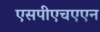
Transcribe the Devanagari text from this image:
एसपीएचएएन